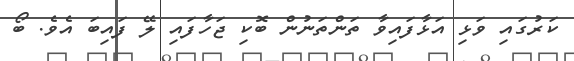
ކަރުގައި ވަޅި އަޅާފައިވާ ތަންތަނުން ބޮކި ޖަހާފައި ލޭ ފައިބަ އެވެ. ބޯ